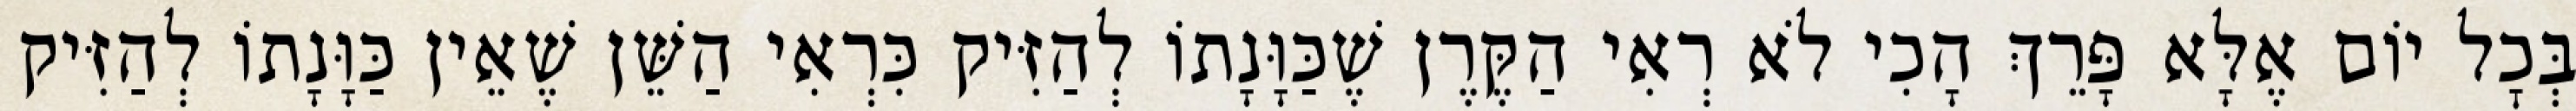
בְּכׇל יוֹם אֶלָּא פָּרֵךְ הָכִי לֹא רְאִי הַקֶּרֶן שֶׁכַּוָּנָתוֹ לְהַזִּיק כִּרְאִי הַשֵּׁן שֶׁאֵין כַּוָּנָתוֹ לְהַזִּיק